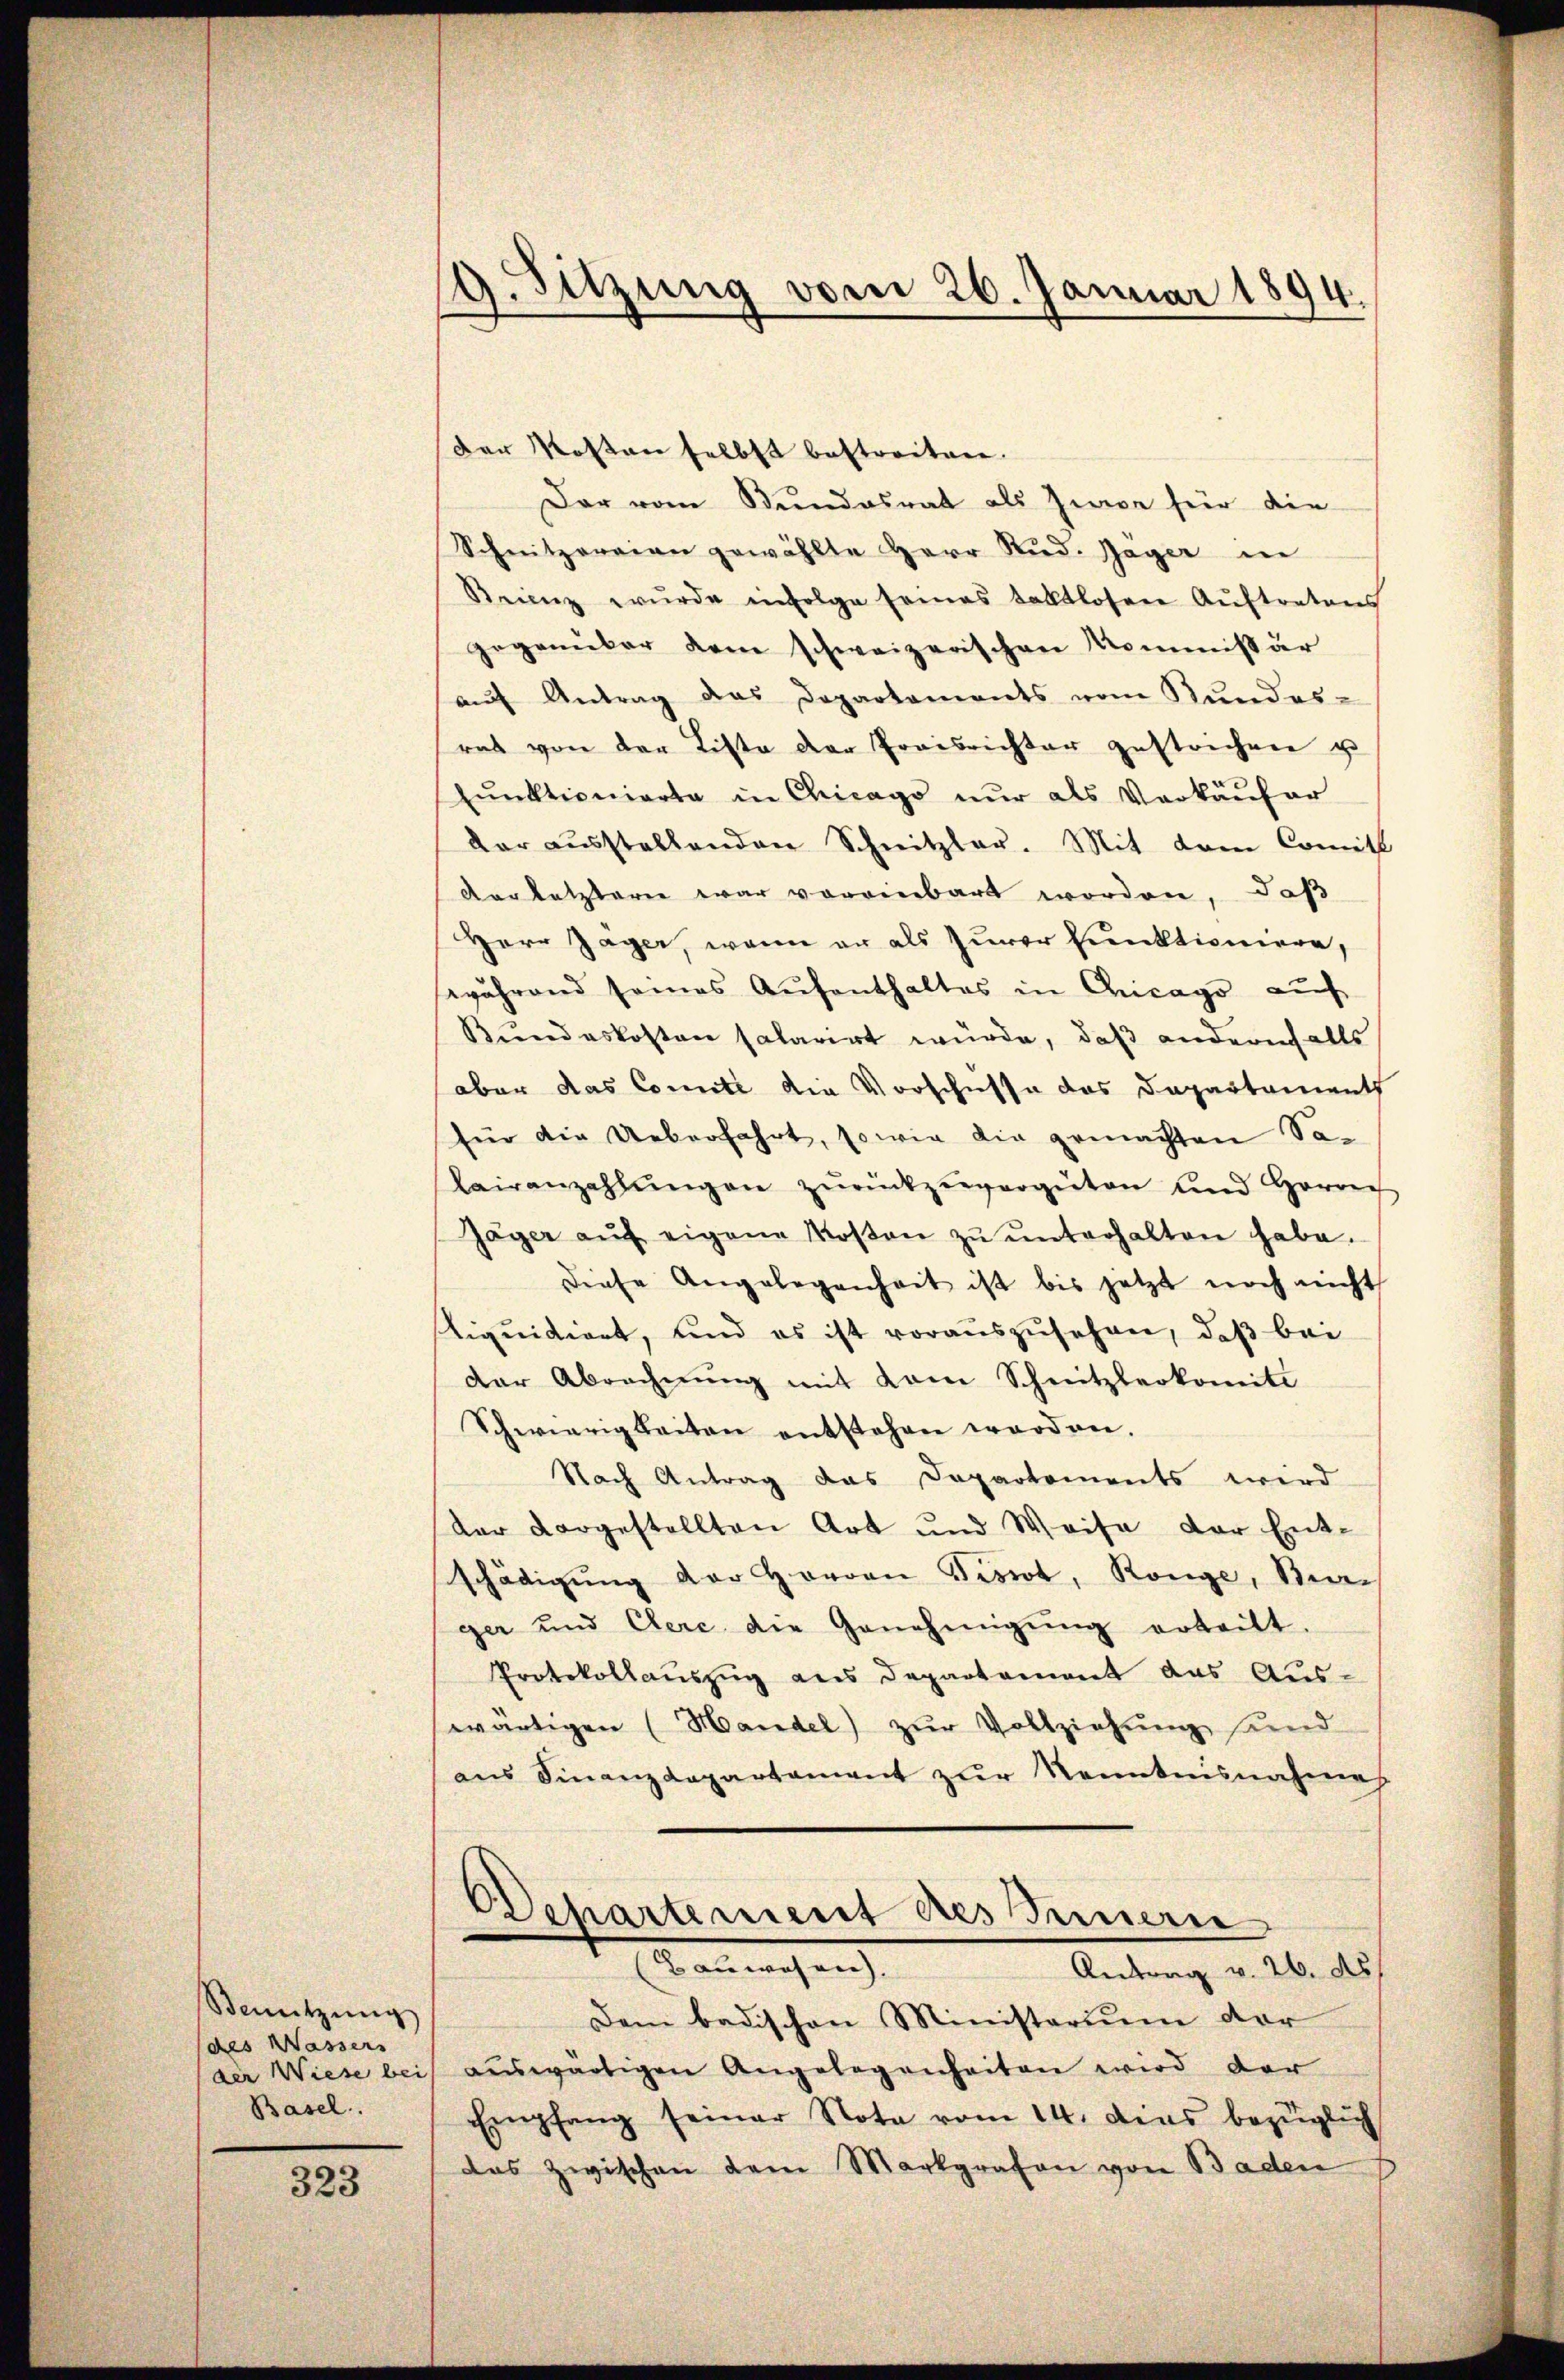
Benützŭng
(des Wassers
Basel.

323

19. Sitzung vom 26. Januar 1894.

Der Kosten selbst bestreiten.
Der vom Bundesrat als Zwere für die
Schnitzereien gewählte Herr Rud. Gager in
Reien wŭrde infolge seines taktlosere Aŭftratens
gegenüber dem schweizerischen Kommissär
aŭf Antrag das Departaments vom Bundes-
rat von der Liste der Preisrichter gestrichen u
Eŭnktionierte in Chicago nŭr als Verkäŭfer
dar ausstellenden Schnitzlar. Mit dem Comitt
verletztere war voreinbart worden, daß
Herr Jager, wenn er als zurer Punktioniere,
während seines Aŭfenthaltes in Chicago auf
Bundeskosten salarirt würde, daß andernfalls
aber das Comite die Vorschüsse das Departamenth
für die Ueberfahrt, sowie die gemachten Sabairanzahlŭngen zŭrückzuvergüten und Herrech
Jäger aŭf eigene Kosten zŭ ŭnterhalten habe.
diese Angelegenheit ist bis jetzt noch nicht
tiquidiert, und es ist vorauszusehen, daß bei
der Abrechnung mit vom Schnitzlerkomite
Schwierigkeiten entstehen worden.
Nach Antrag das Departements wird
dar vorgestellten Art und Weise der Ent-
schädigung der Herren Tissot, Range, Strager und Clerc die Genehmigŭng erteilt.
Protokollauszug aus Departament das Aus-
wärtigen (Handel) zŭr Vollziehŭng sind
ans Finanzdepartament zur Kenntnisnahme
Departement des Innern
En machen
Antrag v. 26. ds.
Dem Badischen Ministerium dar
der Wiese bei auswärtigen Angelegenheiten wird der
Empfang seiner Nota vom 14. das bezüglich
das zwischen dem Markgrafen von Baden